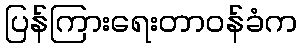
ပြန်ကြားရေးတာဝန်ခံက